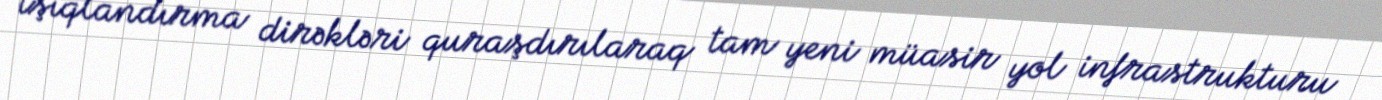
işıqlandırma dirəkləri quraşdırılaraq tam yeni müasir yol infrastrukturu